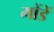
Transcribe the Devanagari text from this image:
मोंडें